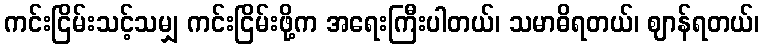
ကင်းငြိမ်းသင့်သမျှ ကင်းငြိမ်းဖို့က အရေးကြီးပါတယ်၊ သမာဓိရတယ်၊ ဈာန်ရတယ်၊